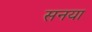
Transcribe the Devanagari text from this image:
सनया